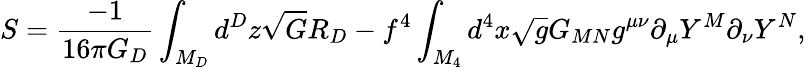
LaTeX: S=\frac{-1}{16\pi G_{D}}\int_{M_{D}}d^{D}z\sqrt{G}R_{D}-f^{4}\int_{M_{4}}d^{4}x\sqrt{g}G_{MN}g^{\mu\nu}\partial_{\mu}Y^{M}\partial_{\nu}Y^{N},